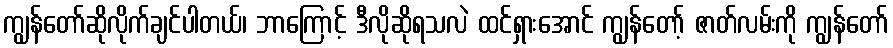
ကျွန်တော်ဆိုလိုက်ချင်ပါတယ်၊ ဘာကြောင့် ဒီလိုဆိုရသလဲ ထင်ရှားအောင် ကျွန်တော့် ဇာတ်လမ်းကို ကျွန်တော်